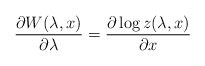
\begin{align*}\frac{\partial W(\lambda,x)}{\partial \lambda} =\frac{\partial \log z(\lambda,x)}{\partial x}\end{align*}